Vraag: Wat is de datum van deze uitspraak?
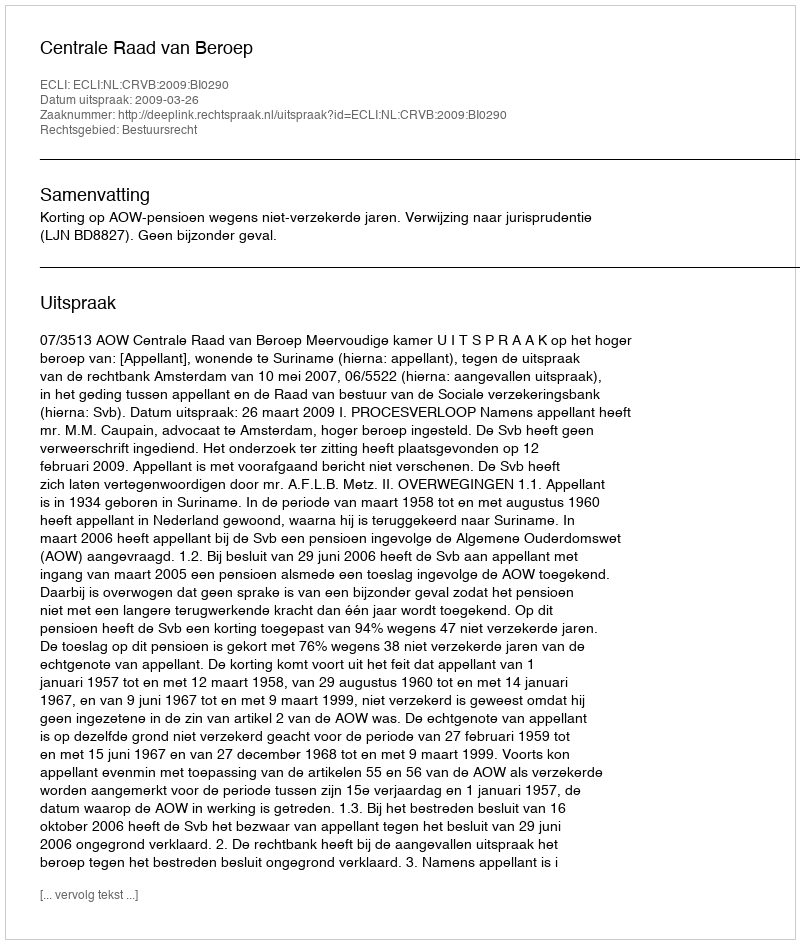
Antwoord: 2009-03-26